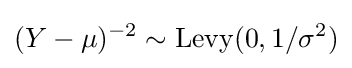
(Y-\mu )^{-2}\sim \operatorname {Levy} (0,1/\sigma ^{2})